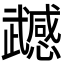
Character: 𭭹